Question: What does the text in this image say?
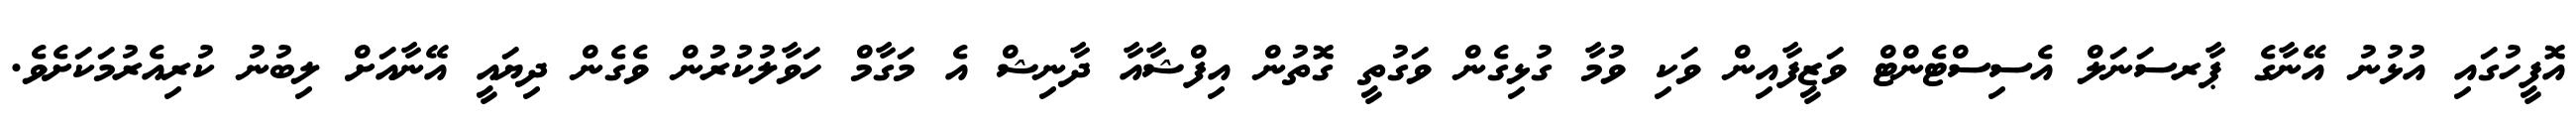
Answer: އޮފީހުގައި އުޅުނު އޭނާގެ ޕާރސަނަލް އެސިސްޓެންޓް ވަޒީފާއިން ވަކި ވުމާ ގުޅިގެން ވަގުތީ ގޮތުން އިފްޝާއާ ދާނިޝް އެ މަގާމް ހަވާލުކުރުން ވެގެން ދިޔައީ އޭނާއަށް ލިބުނު ކުރިއެރުމަކަށެވެ.